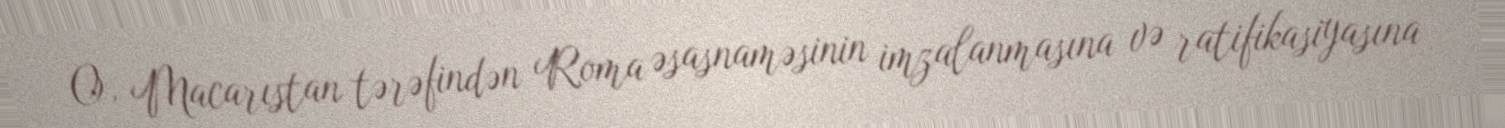
O, Macarıstan tərəfindən Roma əsasnaməsinin imzalanmasına və ratifikasiyasına